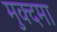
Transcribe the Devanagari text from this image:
मुक्दमा